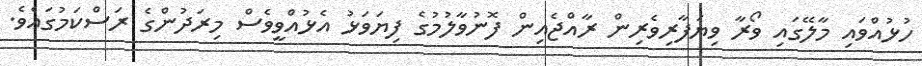
ހުޅުއްވައި މާލޭގައި ވޯރާ ވިޔަފާރިވެރިން ރާއްޖެއިން ފޮނުވާލުމުގެ ފިޔަވަޅު އެޅުއްވީވެސް މިރަދުންގެ ރަސްކަމުގައެވެ.